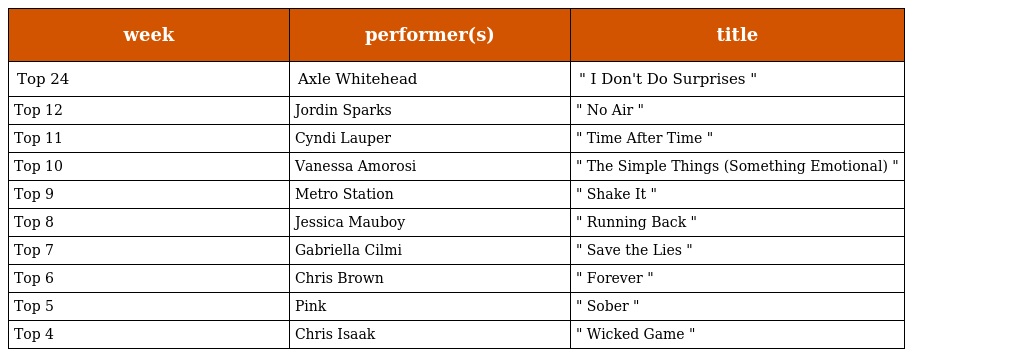
| week | performer(s) | title |
 | --- | --- | --- |
 | Top 24 | Axle Whitehead | " I Don't Do Surprises " |
 | Top 12 | Jordin Sparks | " No Air " |
 | Top 11 | Cyndi Lauper | " Time After Time " |
 | Top 10 | Vanessa Amorosi | " The Simple Things (Something Emotional) " |
 | Top 9 | Metro Station | " Shake It " |
 | Top 8 | Jessica Mauboy | " Running Back " |
 | Top 7 | Gabriella Cilmi | " Save the Lies " |
 | Top 6 | Chris Brown | " Forever " |
 | Top 5 | Pink | " Sober " |
 | Top 4 | Chris Isaak | " Wicked Game " |